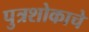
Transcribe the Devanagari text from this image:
पुत्रशोकाचे